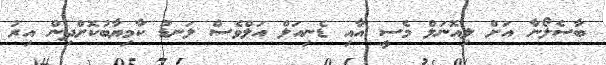
ބާސެލޯނާ އަށް ލިއޮނަލް މެސީ އާއި ޑެނިއަލް އަލްވެސް ލަނޑު ކާމިޔާބުކޮށްދިން އިރު